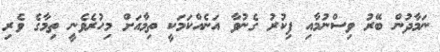
ނަމާދުން ބޭރު ވިސްނުމާއި ފިކުރު ގެނުވާ އަނެއްކަމަކީ ތިމާއަށް މިހުރެވެނީ ތިމާގެ ވެރި